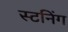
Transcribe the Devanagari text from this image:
स्टनिंग